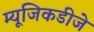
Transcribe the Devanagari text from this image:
म्यूजिकडीजे